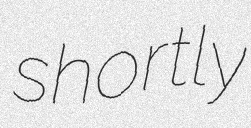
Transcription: shortly